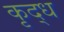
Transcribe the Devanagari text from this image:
कृद्ध